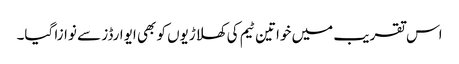
اس تقریب میں خواتین ٹیم کی کھلاڑیوں کو بھی ایوارڈز سے نوازا گیا۔